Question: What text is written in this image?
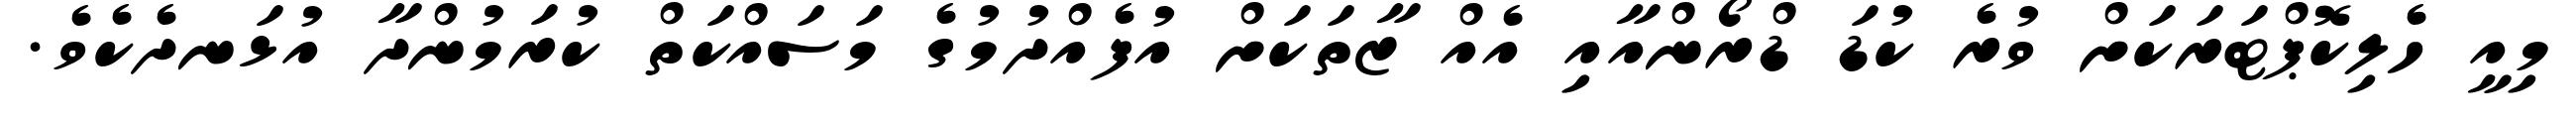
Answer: މިއީ ހެލިކޮޕްޓަރަކަށް ވުރެ ކުޑަ ޑްރޯންއާއި އެއް ޒާތަކަށް އުފެއްދުމުގެ މަސައްކަތް ކުރަމުންދާ އުޅަނދެކެވެ.